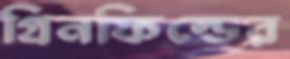
গ্রিনফিল্ডের